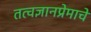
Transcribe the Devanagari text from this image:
तत्वज्ञानप्रेमाचे